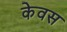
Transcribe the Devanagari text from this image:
केवस